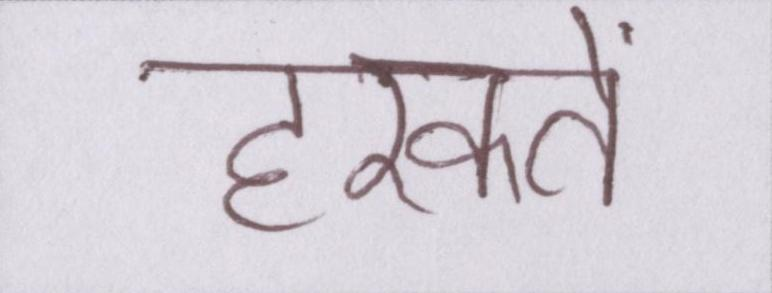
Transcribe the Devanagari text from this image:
हरकतें